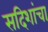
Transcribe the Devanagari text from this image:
सदिशांचा